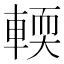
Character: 輭